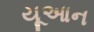
યૂઆન